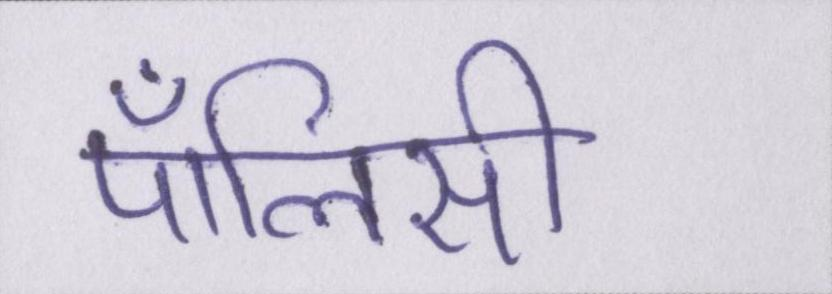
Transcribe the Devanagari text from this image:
पॉलिसी